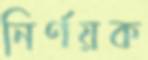
নির্ণয়ক